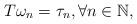
LaTeX: \begin{align*}T\omega_n=\tau_n, \forall n \in \mathbb{N}, \end{align*}